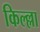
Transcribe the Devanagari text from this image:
किल्ल्ला